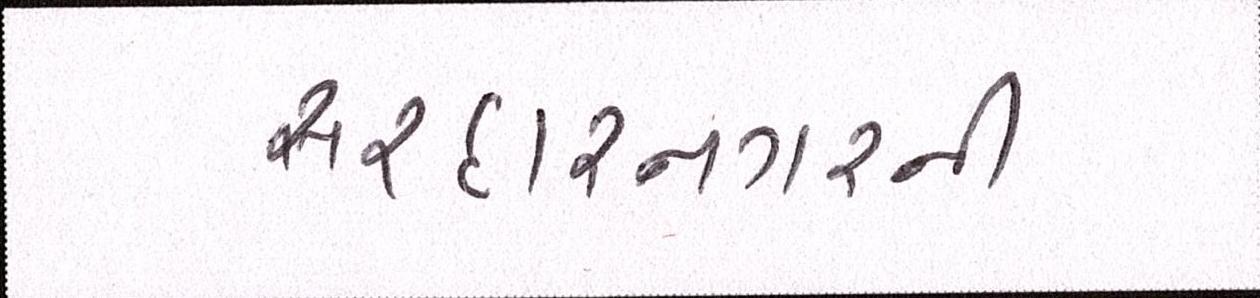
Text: સરદારનગરની